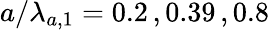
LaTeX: a/\lambda_{a,1}=0.2\, ,0.39\, ,0.8